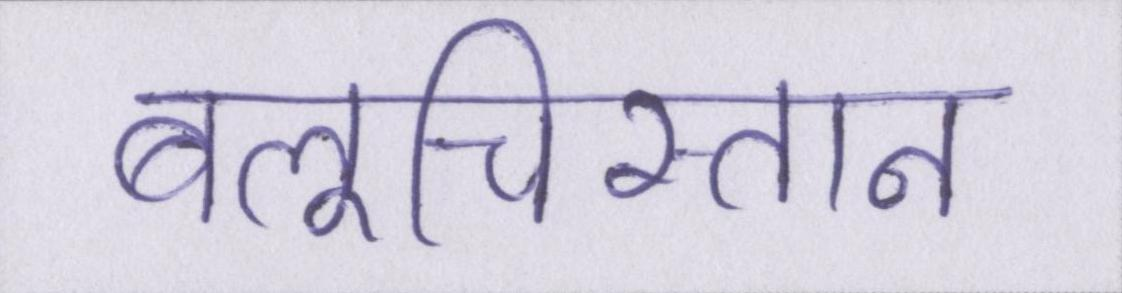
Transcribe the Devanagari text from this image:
बलूचिस्तान